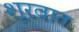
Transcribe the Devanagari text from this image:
शूरवात